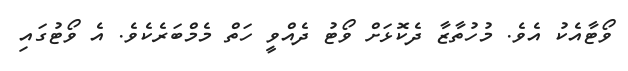
ވޯޓާއެކު އެވެ. މުހުތާޒާ ދެކޮޅަށް ވޯޓު ދެއްވީ ހަތް މެމްބަރެކެވެ. އެ ވޯޓުގައި